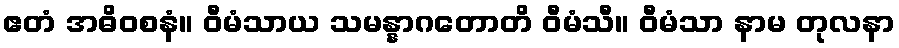
ဧတံ အဓိဝစနံ။ ဝီမံသာယ သမန္နာဂတောတိ ဝီမံသီ။ ဝီမံသာ နာမ တုလနာ